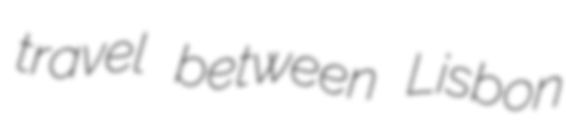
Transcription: travel between Lisbon